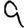
Digit: 9